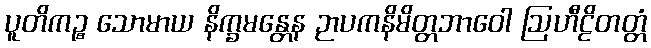
ပူတိကဉ္စ သောမာယ နိက္ခမန္တေန ဉာပကနိမိတ္တဘာဝေါ ဩဟီဠိတတ္တံ